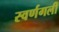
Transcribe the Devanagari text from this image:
स्वर्णगली